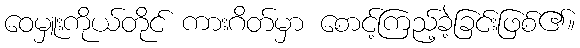
ဝေမှူးကိုယ်တိုင် ကားဂိတ်မှာ စောင့်ကြည့်ခဲ့ခြင်းဖြစ်၏။